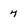
Character: 7